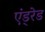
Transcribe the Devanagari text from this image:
एंड्रेड